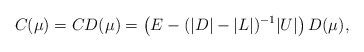
LaTeX: \begin{align*} C(\mu)=CD(\mu)=\left(E-(|D|-|L|)^{-1}|U|\right)D(\mu),\end{align*}